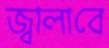
জ্বালাবে